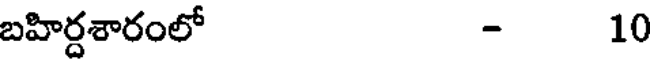
బహిర్దశారంలో - 10